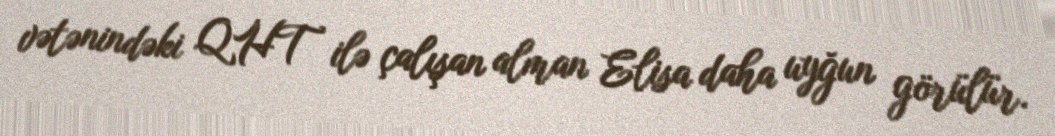
vətənindəki QHT ilə çalışan alman Elisa daha uyğun görülür.